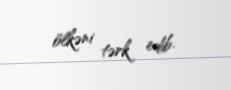
ölkəni tərk edib.